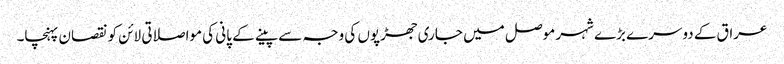
عراق کے دوسرے بڑے شہر موصل میں جاری جھڑپوں کی وجہ سے پینے کے پانی کی مواصلاتی لائن کو نقصان پہنچا۔